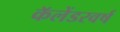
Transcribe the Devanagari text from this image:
कॅलेंडरवर्ष